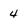
Character: 4